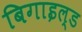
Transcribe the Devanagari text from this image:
बिगाइल्ड